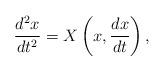
LaTeX: \begin{align*}\frac{d^2x}{dt^2}=X\left(x,\frac{dx}{dt}\right), \end{align*}